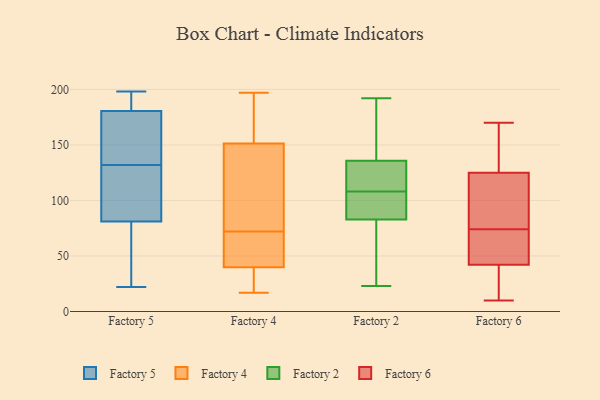
{"axis": {"x": "Latency (ms)", "y": "Value"}, "legend": ["Factory 2", "Factory 4", "Factory 5", "Factory 6"], "data": [{"x": "", "y": 136, "type": "Factory 5"}, {"x": "", "y": 162, "type": "Factory 5"}, {"x": "", "y": 180, "type": "Factory 5"}, {"x": "", "y": 193, "type": "Factory 5"}, {"x": "", "y": 119, "type": "Factory 5"}, {"x": "", "y": 157, "type": "Factory 5"}, {"x": "", "y": 198, "type": "Factory 5"}, {"x": "", "y": 87, "type": "Factory 5"}, {"x": "", "y": 181, "type": "Factory 5"}, {"x": "", "y": 35, "type": "Factory 5"}, {"x": "", "y": 28, "type": "Factory 5"}, {"x": "", "y": 75, "type": "Factory 5"}, {"x": "", "y": 196, "type": "Factory 5"}, {"x": "", "y": 22, "type": "Factory 5"}, {"x": "", "y": 123, "type": "Factory 5"}, {"x": "", "y": 128, "type": "Factory 5"}, {"x": "", "y": 154, "type": "Factory 4"}, {"x": "", "y": 22, "type": "Factory 4"}, {"x": "", "y": 65, "type": "Factory 4"}, {"x": "", "y": 103, "type": "Factory 4"}, {"x": "", "y": 72, "type": "Factory 4"}, {"x": "", "y": 197, "type": "Factory 4"}, {"x": "", "y": 151, "type": "Factory 4"}, {"x": "", "y": 52, "type": "Factory 4"}, {"x": "", "y": 152, "type": "Factory 4"}, {"x": "", "y": 27, "type": "Factory 4"}, {"x": "", "y": 151, "type": "Factory 4"}, {"x": "", "y": 44, "type": "Factory 4"}, {"x": "", "y": 17, "type": "Factory 4"}, {"x": "", "y": 133, "type": "Factory 2"}, {"x": "", "y": 87, "type": "Factory 2"}, {"x": "", "y": 113, "type": "Factory 2"}, {"x": "", "y": 192, "type": "Factory 2"}, {"x": "", "y": 50, "type": "Factory 2"}, {"x": "", "y": 186, "type": "Factory 2"}, {"x": "", "y": 127, "type": "Factory 2"}, {"x": "", "y": 34, "type": "Factory 2"}, {"x": "", "y": 159, "type": "Factory 2"}, {"x": "", "y": 144, "type": "Factory 2"}, {"x": "", "y": 70, "type": "Factory 2"}, {"x": "", "y": 108, "type": "Factory 2"}, {"x": "", "y": 119, "type": "Factory 2"}, {"x": "", "y": 23, "type": "Factory 2"}, {"x": "", "y": 95, "type": "Factory 2"}, {"x": "", "y": 94, "type": "Factory 2"}, {"x": "", "y": 92, "type": "Factory 2"}, {"x": "", "y": 56, "type": "Factory 6"}, {"x": "", "y": 117, "type": "Factory 6"}, {"x": "", "y": 67, "type": "Factory 6"}, {"x": "", "y": 10, "type": "Factory 6"}, {"x": "", "y": 125, "type": "Factory 6"}, {"x": "", "y": 108, "type": "Factory 6"}, {"x": "", "y": 42, "type": "Factory 6"}, {"x": "", "y": 136, "type": "Factory 6"}, {"x": "", "y": 140, "type": "Factory 6"}, {"x": "", "y": 60, "type": "Factory 6"}, {"x": "", "y": 33, "type": "Factory 6"}, {"x": "", "y": 19, "type": "Factory 6"}, {"x": "", "y": 115, "type": "Factory 6"}, {"x": "", "y": 49, "type": "Factory 6"}, {"x": "", "y": 165, "type": "Factory 6"}, {"x": "", "y": 38, "type": "Factory 6"}, {"x": "", "y": 81, "type": "Factory 6"}, {"x": "", "y": 170, "type": "Factory 6"}]}